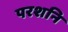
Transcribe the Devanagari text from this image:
परशनि